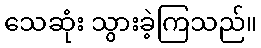
သေဆုံး သွားခဲ့ကြသည်။